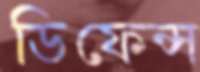
ডিফেন্স